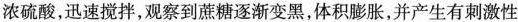
浓硫酸，迅速搅拌，观察到蔗糖逐渐变黑，体积膨胀，并产生有刺激性